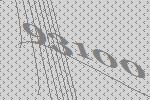
93100